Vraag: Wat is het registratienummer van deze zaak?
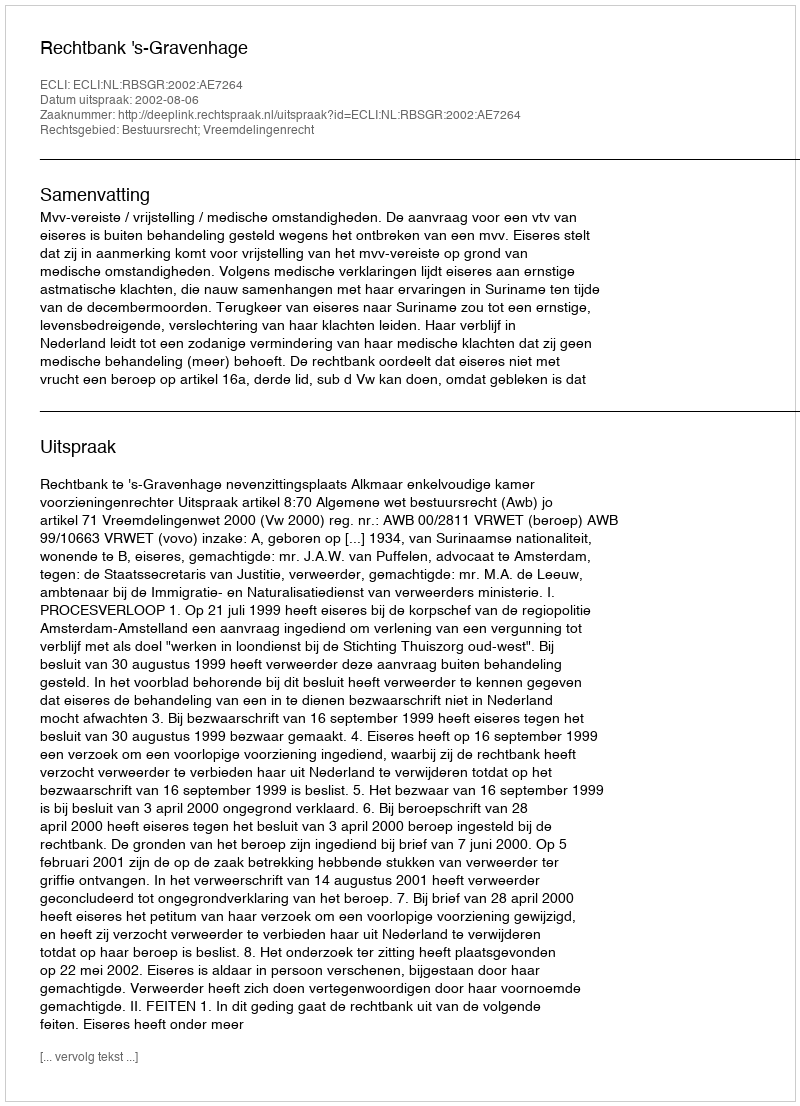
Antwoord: http://deeplink.rechtspraak.nl/uitspraak?id=ECLI:NL:RBSGR:2002:AE7264